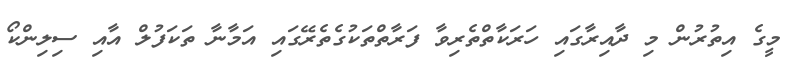
މީގެ އިތުރުން މި ދާއިރާގައި ހަރަކާތްތެރިވާ ފަރާތްތަކުގެތެރޭގައި އަމާނާ ތަކަފުލް އާއި ސިލިންކޯ